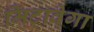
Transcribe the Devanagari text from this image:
मिटावेगा